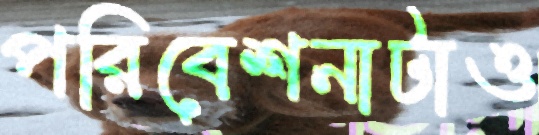
পরিবেশনাটাও